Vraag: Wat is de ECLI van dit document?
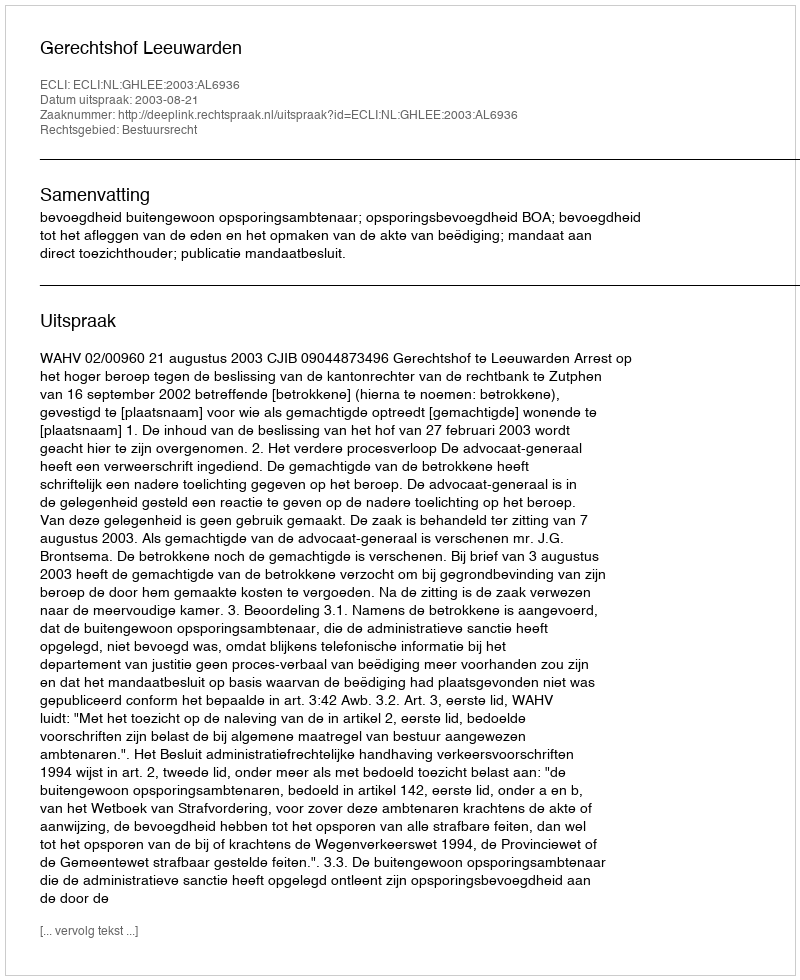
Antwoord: ECLI:NL:GHLEE:2003:AL6936